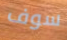
سوف